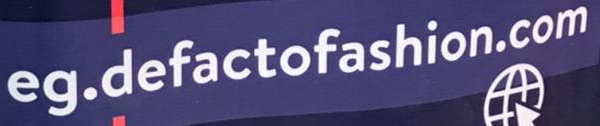
eg.defactofashion.com